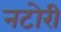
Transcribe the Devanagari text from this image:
नटोरी